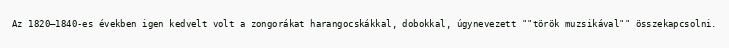
Az 1820–1840-es években igen kedvelt volt a zongorákat harangocskákkal, dobokkal, úgynevezett ""török muzsikával"" összekapcsolni.